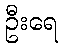
ဦးရေ